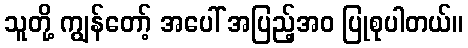
သူတို့ ကျွန်တော့် အပေါ် အပြည့်အဝ ပြုစုပါတယ်။